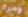
ومرة